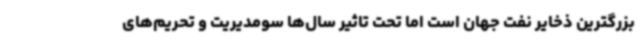
بزرگترین ذخایر نفت جهان است اما تحت تاثیر سال‌ها سومدیریت و تحریم‌های